Vaccination in Bombay 1924-1928 - 1924-1928
Year: 1924
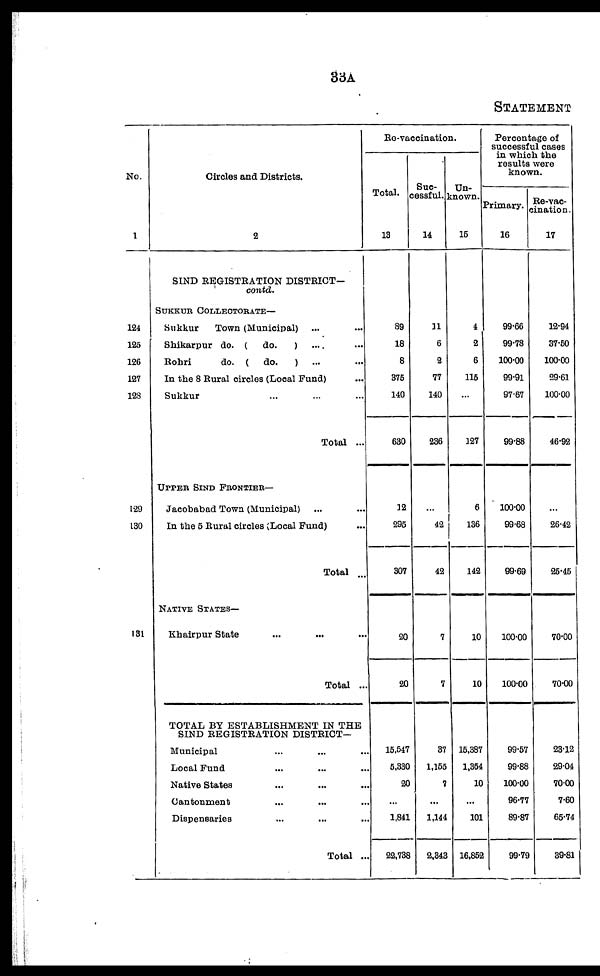
33A
STATEMENT
No.
1
124
125
126
127
128
129
130
131
Circles and Districts.
2
SIND REGISTRATION DISTRICT¬
contd.
SUKKUR COLLECTORATE—
Sukkur
Town (Municipal) ... ...
Shikarpur do. (
do.
) ... ...
Bohri
do. ( do.
) ... ...
In the 8 Rural circles (Local Fund) ...
Sukkur ... ... ...
Total ...
UPPER SIND FRONTIER—
Jacobabad Town (Municipal) ... ...
In the 5 Rural circles (Local Fund) ...
Total ...
NATIVE STATES—
Khairpur State ... ... ...
Total ...
TOTAL BY ESTABLISHMENT IN THE
SIND REGISTRATION DISTRICT—
Municipal ... ... ...
Local Fund ... ... ...
Native States ... ... ...
Cantonment ... ... ...
Dispensaries ... ... ...
Total ...
Re-vaccination.
Total.
13
89
18
8
375
140
630
12
295
307
20
20
15,547
5,330
20
...
1,841
22,738
Suc-
cessful.
14
11
6
2
77
140
236
...
42
42
7
7
37
1,155
7
...
1,144
2,343
Un-
known.
15
4
2
6
115
...
127
6
136
142
10
10
15,387
1,354
10
...
101
16,852
Percentage of
successful cases
in which the
results were
known.
Primary.
16
99.66
99.78
100.00
99.91
97.67
99.88
100.00
99.68
99.69
100.00
100.00
99.57
99.88
100.00
96.77
89.87
99.79
Re-vac¬
cination.
17
12.94
37.50
100.00
29.61
100.00
46.92
...
26.42
25.45
70.00
70.00
23.12
29.04
70.00
7.60
65.74
39.81